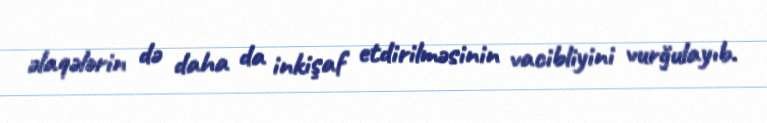
əlaqələrin də daha da inkişaf etdirilməsinin vacibliyini vurğulayıb.